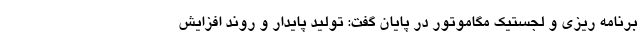
برنامه ریزی و لجستیک مگاموتور در پایان گفت: تولید پایدار و روند افزایش